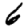
Digit: 6